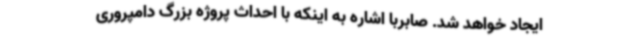
ایجاد خواهد شد. صابربا اشاره به اینکه با احداث پروژه بزرگ دامپروری